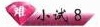
难 小试8